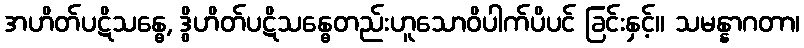
အဟိတ်ပဋိသန္ဓေ, ဒွိဟိတ်ပဋိသန္ဓေတည်းဟူသောဝိပါက်ပိပင် ခြင်းနှင့်။ သမန္နာဂတာ၊